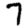
Digit: 7